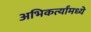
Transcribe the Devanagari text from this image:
अभिकर्त्यांमध्ये